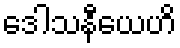
ဒေါသနီယေဟိ